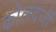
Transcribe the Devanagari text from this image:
कोलदर्जी